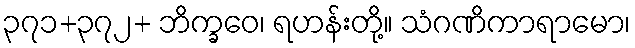
၃၇၁+၃၇၂+ ဘိက္ခဝေ၊ ရဟန်းတို့။ သံဂဏိကာရာမော၊